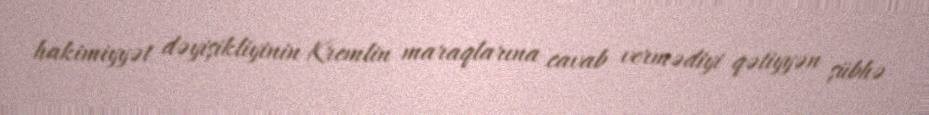
hakimiyyət dəyişikliyinin Kremlin maraqlarına cavab vermədiyi qətiyyən şübhə